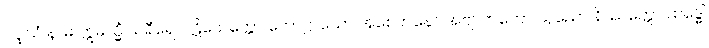
ပပ္ဖါသံ နာမ ဣမသ္မိံ သရီရေ ပါဋိယေက္ကော ကောဋ္ဌာသော အစေတနော အဗျာကတော သုညော နိဿတ္တော ထဒ္ဓေါ